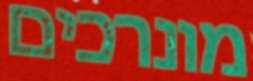
מונרכים